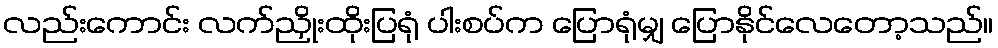
လည်းကောင်း လက်ညှိုးထိုးပြရုံ ပါးစပ်က ပြောရုံမျှ ပြောနိုင်လေတော့သည်။